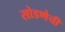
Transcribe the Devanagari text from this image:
सोडणेची